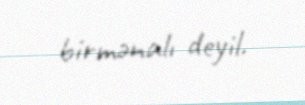
birmənalı deyil.